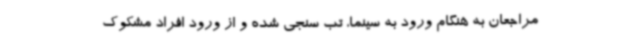
مراجعان به هنگام ورود به سینما، تب سنجی شده و از ورود افراد مشکوک